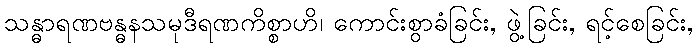
သန္ဓာရဏဗန္ဓနသမုဒီရဏကိစ္စာဟိ၊ ကောင်းစွာခံခြင်း, ဖွဲ့ခြင်း, ရင့်စေခြင်း,